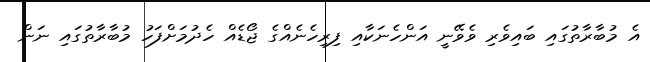
އެ މުބާރާތުގައި ބައިވެރި ވެވޭނީ އަންހެނަކާއި ފިރިހެނެއްގެ ޖޯޑެއް ހެދުމަށްފަހު މުބާރާތުގައި ނަން